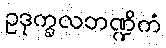
ဥဒုက္ခလဘဏ္ဍိကံ